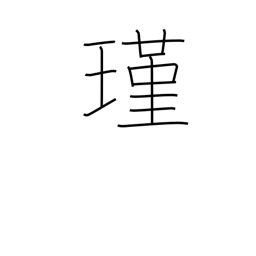
Meaning: jewel